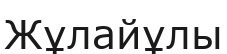
Жұлайұлы